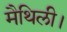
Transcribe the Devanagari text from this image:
मैथिली।